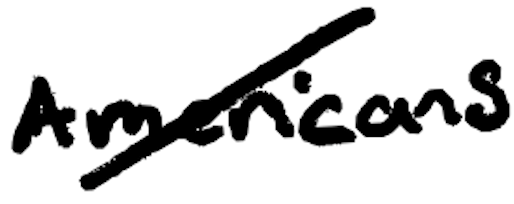
Text: Americans
Cross-out: mix
Writing tool: digital_black